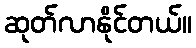
ဆုတ်လာနိုင်တယ်။